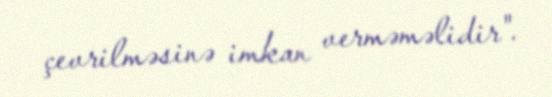
çevrilməsinə imkan verməməlidir".